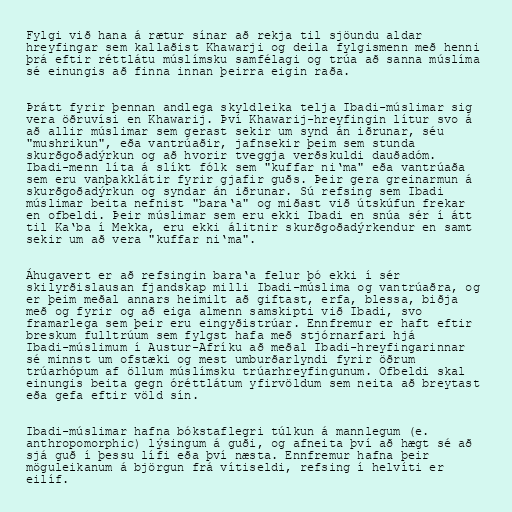
Fylgi við hana á rætur sínar að rekja til sjöundu aldar
hreyfingar sem kallaðist Khawarji og deila fylgismenn með henni
þrá eftir réttlátu múslímsku samfélagi og trúa að sanna múslíma
sé einungis að finna innan þeirra eigin raða.

Þrátt fyrir þennan andlega skyldleika telja Ibadi-múslimar sig
vera öðruvísi en Khawarij. Því Khawarij-hreyfingin lítur svo á
að allir múslimar sem gerast sekir um synd án iðrunar, séu
"mushrikun", eða vantrúaðir, jafnsekir þeim sem stunda
skurðgoðadýrkun og að hvorir tveggja verðskuldi dauðadóm.
Ibadi-menn líta á slíkt fólk sem "kuffar ni‘ma" eða vantrúaða
sem eru vanþakklátir fyrir gjafir guðs. Þeir gera greinarmun á
skurðgoðadýrkun og syndar án iðrunar. Sú refsing sem Ibadi
múslimar beita nefnist "bara‘a" og miðast við útskúfun frekar
en ofbeldi. Þeir múslimar sem eru ekki Ibadi en snúa sér í átt
til Ka‘ba í Mekka, eru ekki álitnir skurðgoðadýrkendur en samt
sekir um að vera "kuffar ni‘ma".

Áhugavert er að refsingin bara‘a felur þó ekki í sér
skilyrðislausan fjandskap milli Ibadi-múslima og vantrúaðra, og
er þeim meðal annars heimilt að giftast, erfa, blessa, biðja
með og fyrir og að eiga almenn samskipti við Ibadi, svo
framarlega sem þeir eru eingyðistrúar. Ennfremur er haft eftir
breskum fulltrúum sem fylgst hafa með stjórnarfari hjá
Ibadi-múslimum í Austur-Afríku að meðal Ibadi-hreyfingarinnar
sé minnst um ofstæki og mest umburðarlyndi fyrir öðrum
trúarhópum af öllum múslímsku trúarhreyfingunum. Ofbeldi skal
einungis beita gegn óréttlátum yfirvöldum sem neita að breytast
eða gefa eftir völd sín.

Ibadi-múslimar hafna bókstaflegri túlkun á mannlegum (e.
anthropomorphic) lýsingum á guði, og afneita því að hægt sé að
sjá guð í þessu lífi eða því næsta. Ennfremur hafna þeir
möguleikanum á björgun frá vítiseldi, refsing í helvíti er
eilíf.